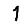
Digit: 1